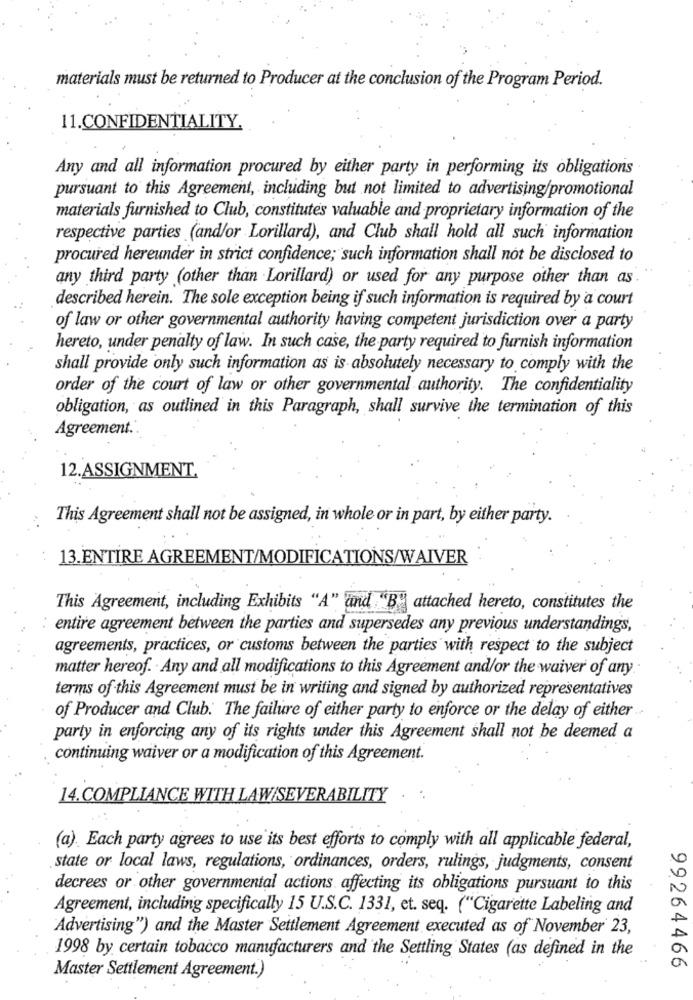
materials must be returned to Producer at the conclusion of the Program Period.
11.CONFIDENTIALITY.
Any and all information procured by either party in performing its obligations
pursuant to this Agreement, including but not limited to advertising/promotional
materials furnished to Club, constitutes valuable and proprietary information of the
respective parties (and/or Lorillard), and Club shall hold all such information
procured hereunder in strict confidence; such information shall not be disclosed to
any third party (other than Lorillard) or used for any purpose other than as.
described herein. The sole exception being if such information is required by a court
of law or other governmental authority having competent jurisdiction over a party
hereto, under penalty of law. In such case, the party required to furnish information
shall provide only such information as is absolutely necessary to comply with the
order of the court of law or other governmental authority. The confidentiality
obligation, as outlined in this Paragraph, shall survive the termination of this
Agreement ..
12.ASSIGNMENT.
This Agreement shall not be assigned, in whole or in part, by either party.
13.ENTIRE AGREEMENT/MODIFICATIONS/WAIVER
This Agreement, including Exhibits "A" and "B" attached hereto, constitutes the
entire agreement between the parties and supersedes any previous understandings,
agreements, practices, or customs between the parties with respect to the subject
matter hereof. Any and all modifications to this Agreement and/or the waiver of any.
terms of this Agreement must be in writing and signed by authorized representatives
of Producer and Club. The failure of either party to enforce or the delay of either
party in enforcing any of its rights under this Agreement shall not be deemed a
continuing waiver or a modification of this Agreement.
14.COMPLIANCE WITH LAW/SEVERABILITY
(a). Each party agrees to use its best efforts to comply with all applicable federal,
state or local laws, regulations, ordinances, orders, rulings, judgments, consent
decrees or other governmental actions affecting its obligations pursuant to this
Agreement, including specifically 15 U.S.C. 1331, et. seq. ("Cigarette Labeling and
"Advertising"') and the Master Settlement Agreement executed as of November 23,
1998 by certain tobacco manufacturers and the Settling States (as defined in the
99264466
Master Settlement Agreement.)